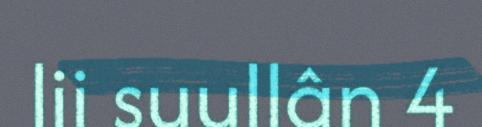
lii suullân 4